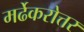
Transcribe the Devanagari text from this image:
मर्ढेकरोत्तर